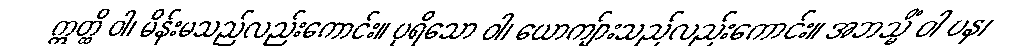
ဣတ္ထိ ဝါ၊ မိန်းမသည်လည်းကောင်း။ ပုရိသော ဝါ၊ ယောကျ်ားသည်လည်းကောင်း။ အဘသ္မိံ ဝါ ပန၊